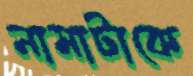
নামাটাকে